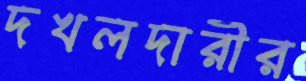
দখলদারীর